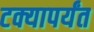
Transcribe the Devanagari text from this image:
टक्यापर्यंत